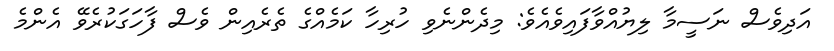
އަދިވެސް ނަސީމާ ލިޔުއްވާފައިވެއެވެ: މިދެންނެވި ހުރިހާ ކަމެއްގެ ތެރެއިން ވެސް ފާހަގަކުރެވޭ އެންމެ